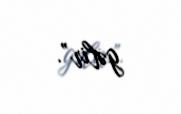
gəlir”.